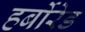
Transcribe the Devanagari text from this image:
हर्बोरेड